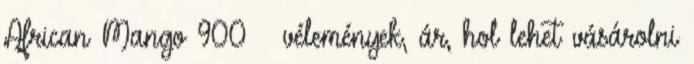
African Mango 900 – vélemények, ár, hol lehet vásárolni